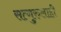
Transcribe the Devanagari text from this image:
सत्गुरुलाही